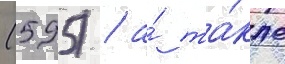
(595) / а́ та́кже